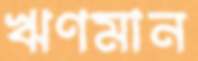
ঋণমান